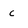
Character: c